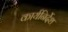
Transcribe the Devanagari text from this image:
कार्यनिर्देश